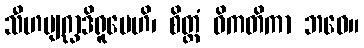
သီဟဗျဂ္ဃာဒိရူပေဟိ၊ စိတ္တံ ဝိကတိကာ ဘဝေ။